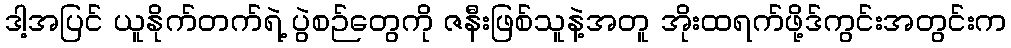
ဒါ့အပြင် ယူနိုက်တက်ရဲ့ ပွဲစဉ်တွေကို ဇနီးဖြစ်သူနဲ့အတူ အိုးထရက်ဖို့ဒ်ကွင်းအတွင်းက